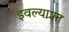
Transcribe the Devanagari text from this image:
इवल्याशा